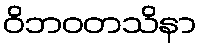
ဝိဘဝတသိနာ